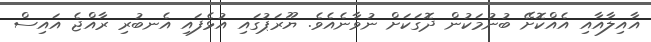
އާއިލާއާއި އެއްކޮށޭ ބުނުމަކުން ދޮގަކަށް ނުވާނެއެވެ. ޔޫރަޕުގައި އުޅެފައި އެނބުރި ރާއްޖެ އައިސް